Report of the Imperial Institute of Veterinary Research, Muktesar
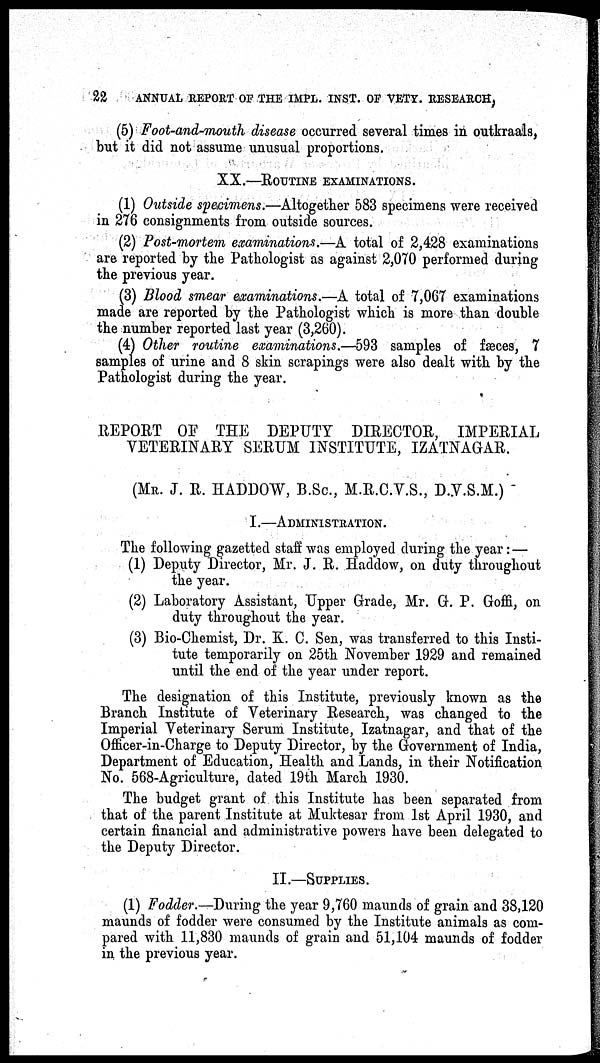
22 ANNUAL REPORT OF THE IMPL. INST. OF VETY. RESEARCH,
(5) Foot-and-mouth disease occurred several times in outkraals,
but it did not assume unusual proportions.
XX.—ROUTINE EXAMINATIONS.
(1) Outside specimens.—Altogether 583 specimens were received
in 276 consignments from outside sources.
(2) Post-mortem examinations.—A total of 2,428 examinations
are reported by the Pathologist as against 2,070 performed during
the previous year.
(3) Blood smear examinations.—A total of 7,067 examinations
made are reported by the Pathologist which is more than double
the number reported last year (3,260).
(4) Other routine examinations.—593 samples of fæces, 7
samples of urine and 8 skin scrapings were also dealt with by the
Pathologist during the year.
REPORT OF THE DEPUTY DIRECTOR, IMPERIAL
VETERINARY SERUM INSTITUTE, IZATNAGAR.
(MR. J. R. HADDOW, B.Sc., M.R.C.V.S., D.V.S.M.)
I.—ADMINISTRATION.
The following gazetted staff was employed during the year :—
(1) Deputy Director, Mr. J. R. Haddow, on duty throughout
the year.
(2) Laboratory Assistant, Upper Grade, Mr. G. P. Goffi, on
duty throughout the year.
(3) Bio-Chemist, Dr. K. C. Sen, was transferred to this Insti-
tute temporarily on 25th November 1929 and remained
until the end of the year under report.
The designation of this Institute, previously known as the
Branch Institute of Veterinary Research, was changed to the
Imperial Veterinary Serum Institute, Izatnagar, and that of the
Officer-in-Charge to Deputy Director, by the Government of India,
Department of Education, Health and Lands, in their Notification
No. 568-Agriculture, dated 19th March 1930.
The budget grant of this Institute has been separated from
that of the parent Institute at Muktesar from 1st April 1930, and
certain financial and administrative powers have been delegated to
the Deputy Director.
II.—SUPPLIES.
(1) Fodder.—During the year 9,760 maunds of grain and 38,120
maunds of fodder were consumed by the Institute animals as com-
pared with 11,830 maunds of grain and 51,104 maunds of fodder
in the previous year.